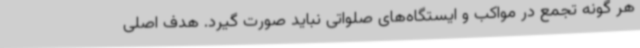
هر گونه تجمع در مواکب و ایستگاه‌های صلواتی نباید صورت گیرد. هدف اصلی